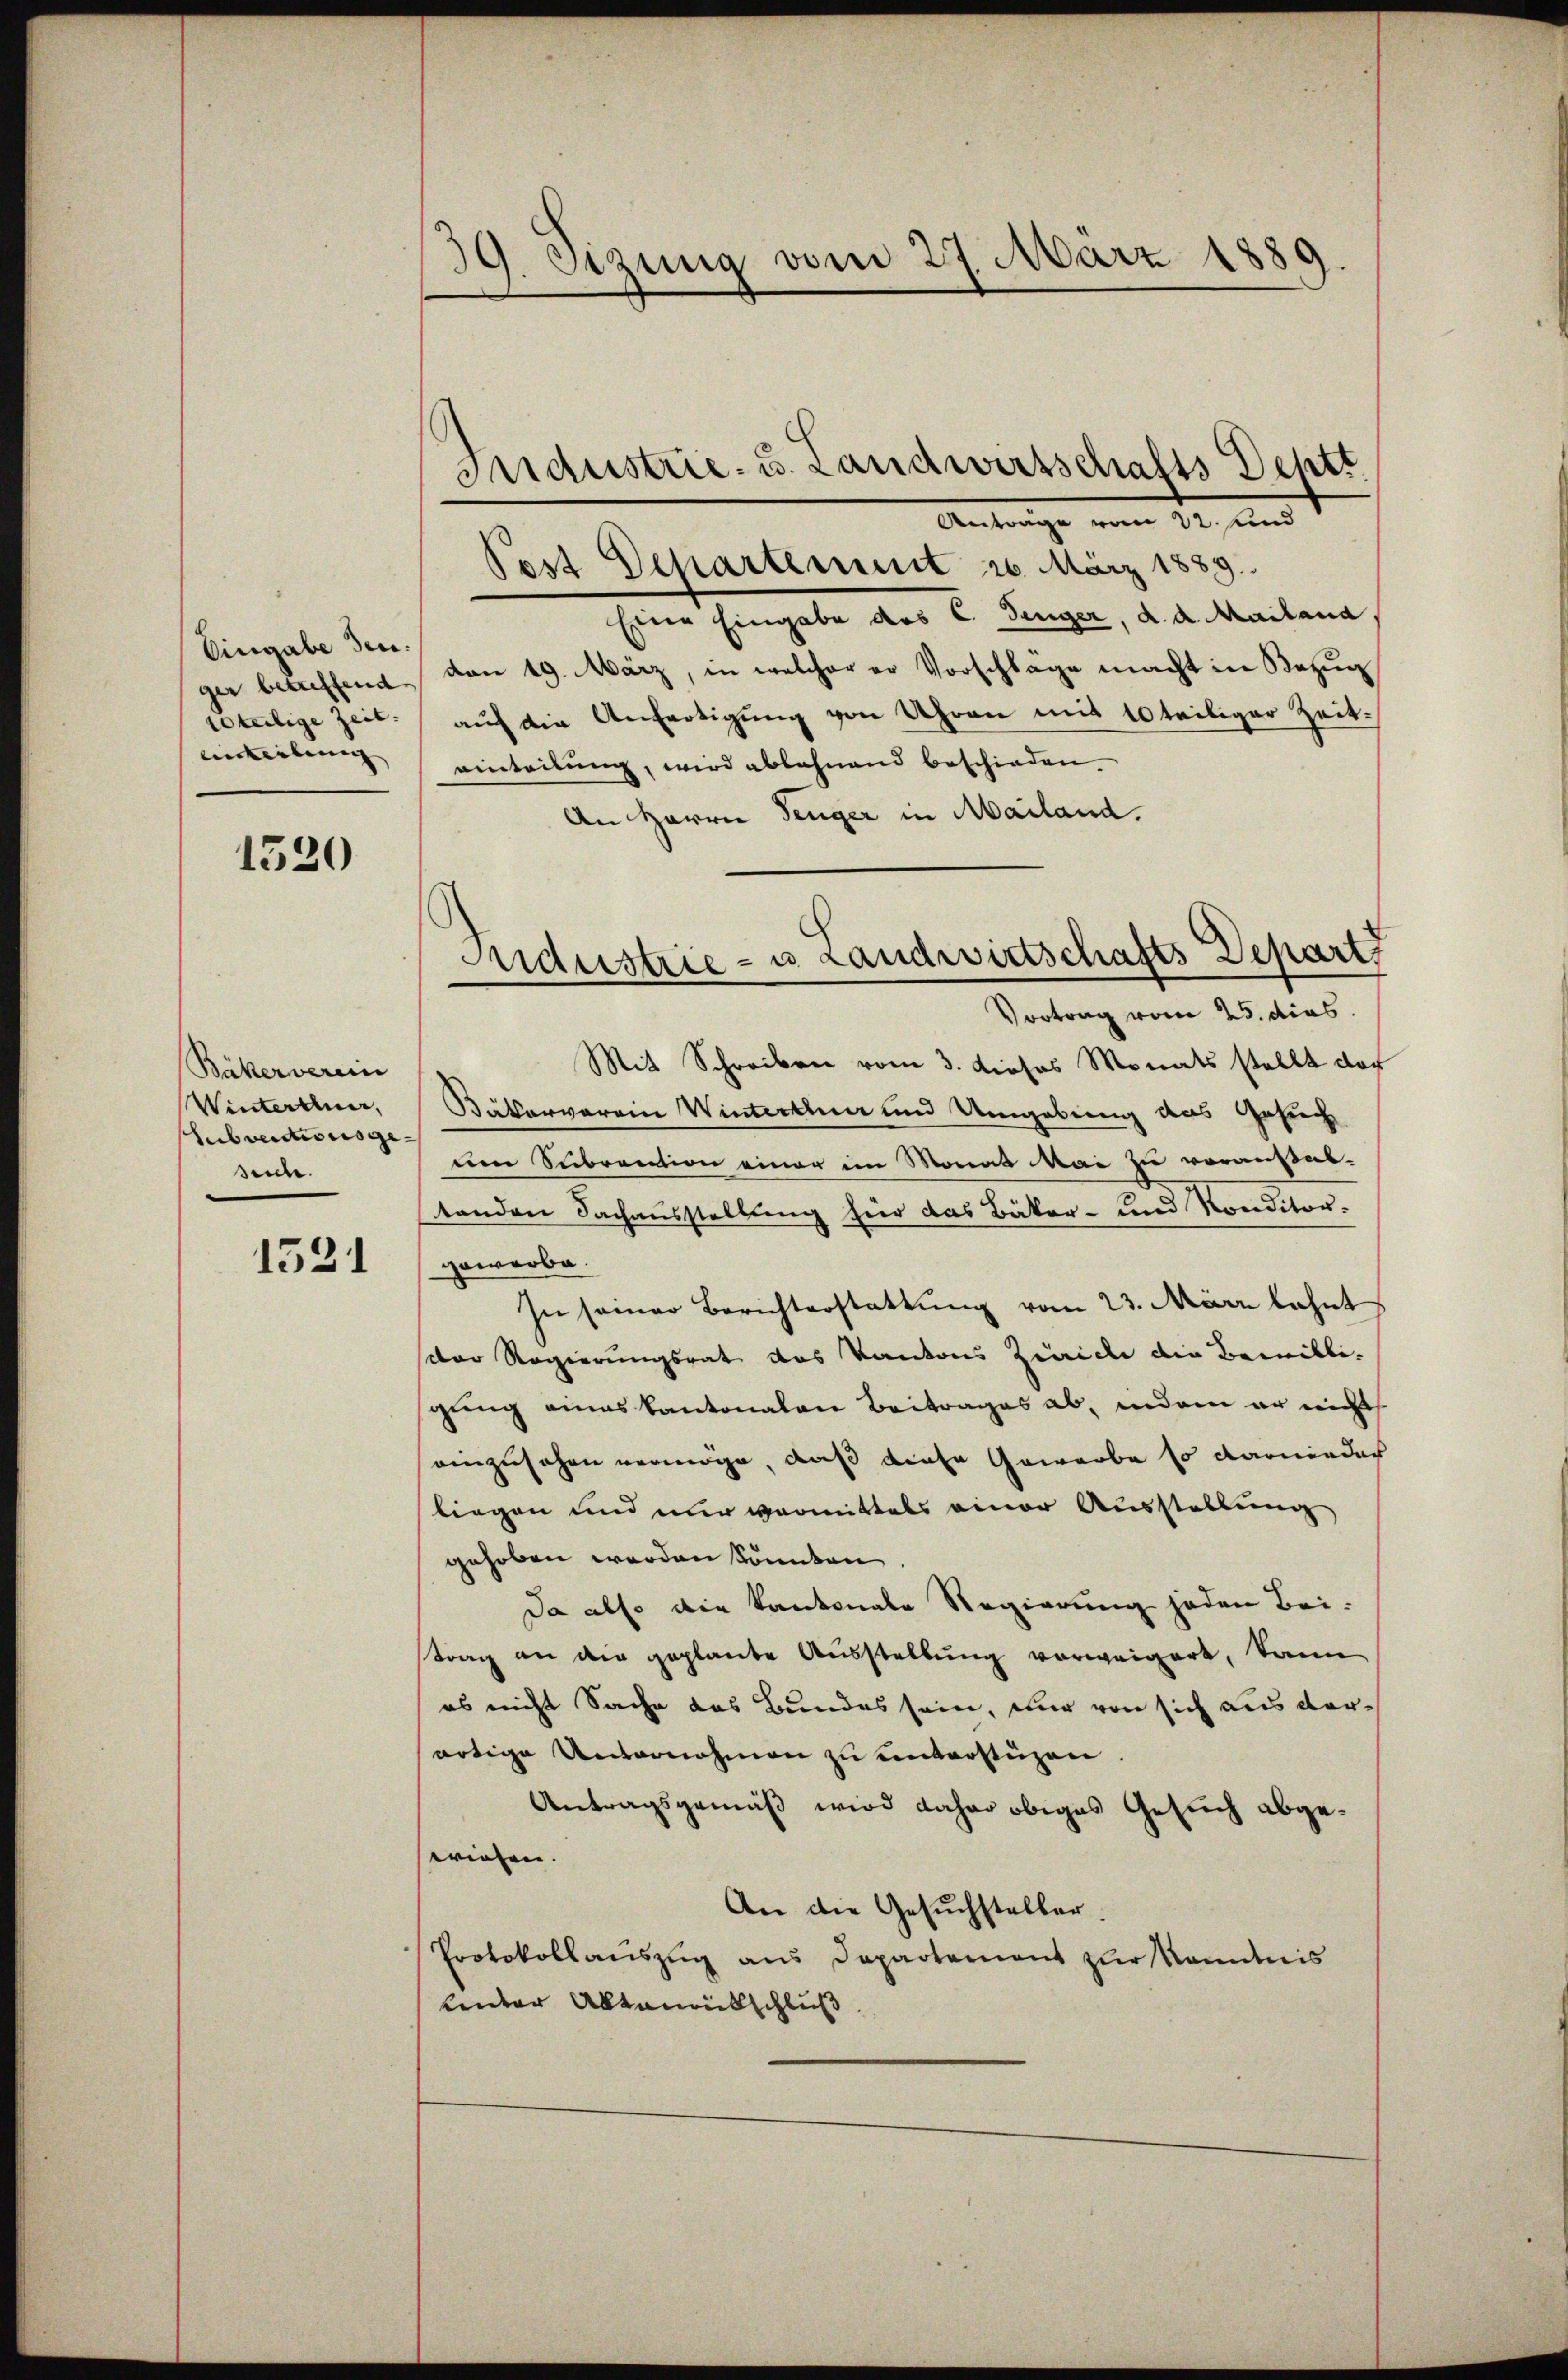
Eingabe den
ger betreffend
tteilige Zeit.
einteilung |

1520

Bäkerverein
Winterthun,
Subventionsge-
suche.

1531

39. Sizung vom 27. März 1889.

. und
Post Departement 20. März 1889.
Einer Eingabe des C. Finger, d. d. Mailand
don 19. März, in welcher er Vorschlage macht in Bezug
auf die Anfertigung von Uhren mit 10 teiliger Zeiteinteilung, wird ablehnend beschieden
An Herrn Tenger in Mailand.
Vortrag vom 25. dies
Mit Schreiben vom 3. dieses Monats stellt der
Bäkerverein Winterthur und Umgebung das Gesuch
uen Subrention einer im Monat Mai zu voranstal-
tenden Fachausstellung für das Bäker- und Ronditorgewerbe.
In samer Berichterstattŭng vom 23. März lahnt
dor Regierungsrat des Kantons Zinice die Bewilligung eines Kantonalen Beitrages ab, indem er nicht
einzusehen vermöge, daß diese Gewerbe so darnieder
liegen und nur vormittels einer Ausstellung
gehoben werden könnten
Da also die Kantonale Regierung jeden Bei-
trag an der geplante Ausstellung vorweigert, kann
es nicht Sache des Bundes sein, nur von sich aus derartige Unternehmen zu unterstüzen.
Antragsgemäß wird daher obiges Gesuch abgeseriehen.
An die Gesuchsteller
Protokollauszug aus Departement zur Kenntnis
unter Altamtschluß

Industrie- u. Landwirtschafts Dehtt

Industrie- u Landwirtschafts Depart